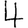
Digit: 4